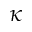
\kappa